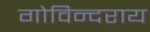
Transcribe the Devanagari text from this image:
गोविन्दराय